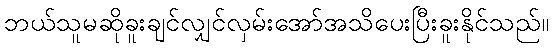
ဘယ်သူမဆိုခူးချင်လျှင်လှမ်းအော်အသိပေးပြီးခူးနိုင်သည်။